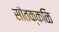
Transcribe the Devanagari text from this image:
सीतक्कळि